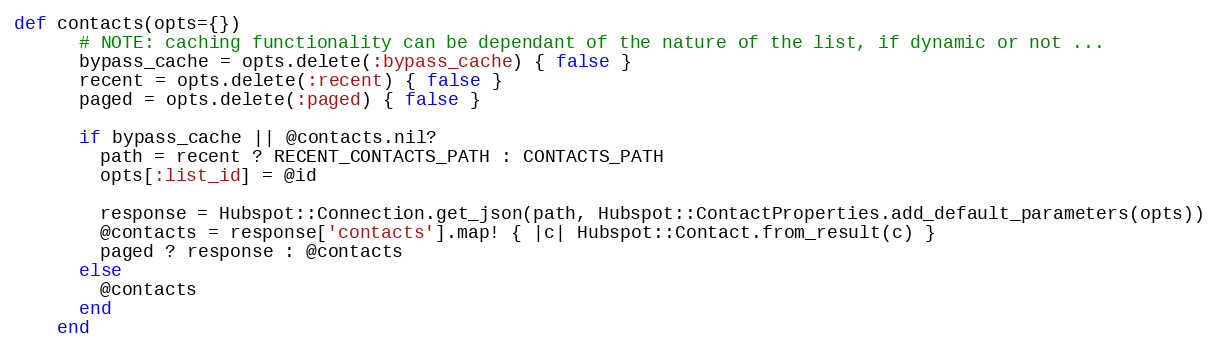
Language: Ruby
def contacts(opts={})
      # NOTE: caching functionality can be dependant of the nature of the list, if dynamic or not ...
      bypass_cache = opts.delete(:bypass_cache) { false }
      recent = opts.delete(:recent) { false }
      paged = opts.delete(:paged) { false }

      if bypass_cache || @contacts.nil?
        path = recent ? RECENT_CONTACTS_PATH : CONTACTS_PATH
        opts[:list_id] = @id

        response = Hubspot::Connection.get_json(path, Hubspot::ContactProperties.add_default_parameters(opts))
        @contacts = response['contacts'].map! { |c| Hubspot::Contact.from_result(c) }
        paged ? response : @contacts
      else
        @contacts
      end
    end